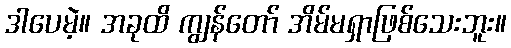
ဒါပေမဲ့။ အခုထိ ကျွန်တော် အိမ်မရှာဖြစ်သေးဘူး။